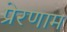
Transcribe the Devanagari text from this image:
प्रेरणाम